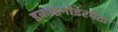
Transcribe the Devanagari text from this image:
इकाइनोडरमेटा